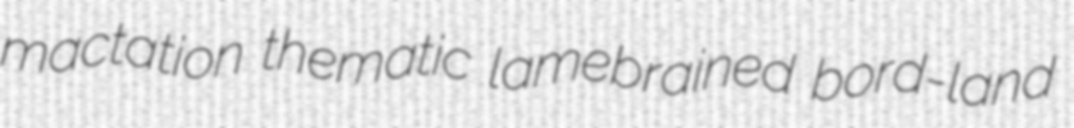
mactation thematic lamebrained bord-land